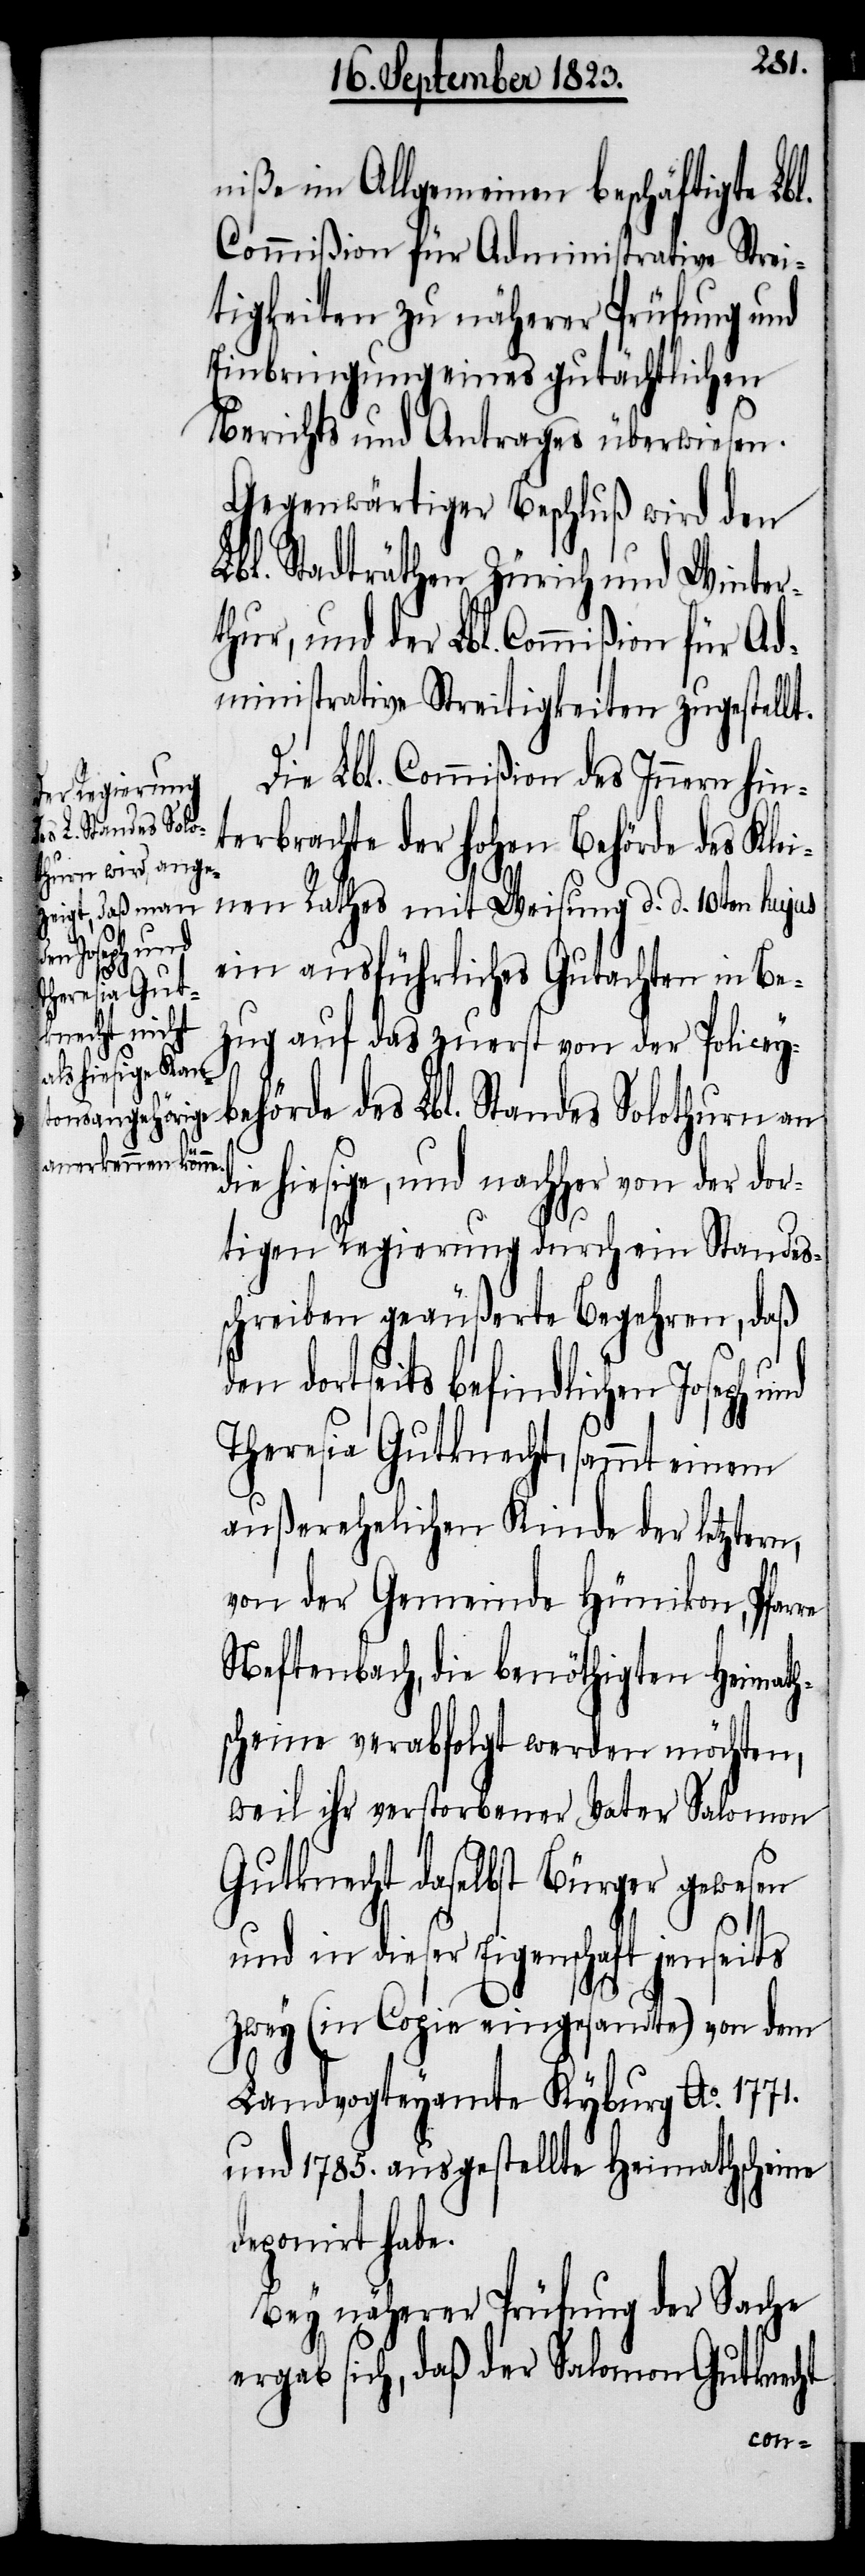
niße im Allgemeinen beschäftigte Lb¬
Commißion für Administrative Strei¬
tigkeiten zu näherer Prüfung und
Einbringung eines gutächtlichen
Berichts und Antrages überwiesen.
Gegenwärtiger Beschluß wird den
Lbl. Stadträthen Zürich und Winter¬
thur, und der Lbl. Commißion für Ad¬
ministrative Streitigkeiten zugestellt.
Die Lbl. Commißion des Innern hin¬
terbrachte der hohen Behörde des Klei¬
re
nen Rathes mit Weisung d. d. 10ten hujus
l.
ein ausführliches Gutachten in Be¬
zug auf das zuerst von der Policey¬
behörde des Lbl. Standes Solothurn an
die hiesige, und nachher von der dor¬
tigen Regierung durch ein Standes¬
schreiben geäußerte Begehren, daß
dortseits befindlichen Joseph
Theresia Gutknecht, sammt einem
außerehelichen Kinde der letztern,
von der Gemeinde Hünikon, Pfar¬
Neftenbach, die benöthigten Heimath¬
scheine verabfolgt werden möchten,
weil ihr verstorbener Vater Salomon
Gutknecht daselbst Bürger gewesen
und in dieser Eigenschaft jenseits
zwey (in Copie eingesandte) von dem
Landvogteyamte Kyburg Ao. 1771.
und 1785. ausgestellte Heimathscheine
deponirt habe.
Bey näherer Prüfung der Sache
ergab sich, daß der Salomon Gutknecht